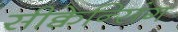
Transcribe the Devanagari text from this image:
सीक्वेन्सिंग